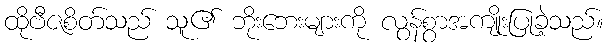
ထိုဗီဇစိတ်သည် သူ၏ ဘိုးဘေးများကို လွန်စွာအကျိုးပြုခဲ့သည်။